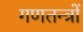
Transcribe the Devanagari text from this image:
गणतन्त्रों